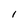
Character: I